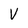
Character: v